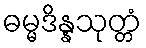
ဓမ္မဒိန္နသုတ္တံ